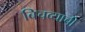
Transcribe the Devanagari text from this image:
बिचव्याची